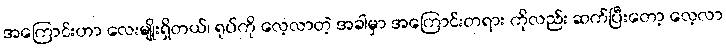
အကြောင်းဟာ လေးမျိုးရှိတယ်၊ ရုပ်ကို လေ့လာတဲ့ အခါမှာ အကြောင်းတရား ကိုလည်း ဆက်ပြီးတော့ လေ့လာ